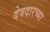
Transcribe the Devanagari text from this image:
देवदारच्या